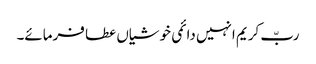
ربّ کریم انہیں دائمی خوشیاں عطا فرمائے۔